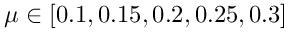
\mu \in [ 0 . 1 , 0 . 1 5 , 0 . 2 , 0 . 2 5 , 0 . 3 ]